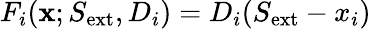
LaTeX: F_{i}(\textbf{x};S_{\mathrm{ext}},D_{i})=D_{i}(S_{\mathrm{ext}}-x_{i})